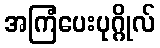
အကြံပေးပုဂ္ဂိုလ်